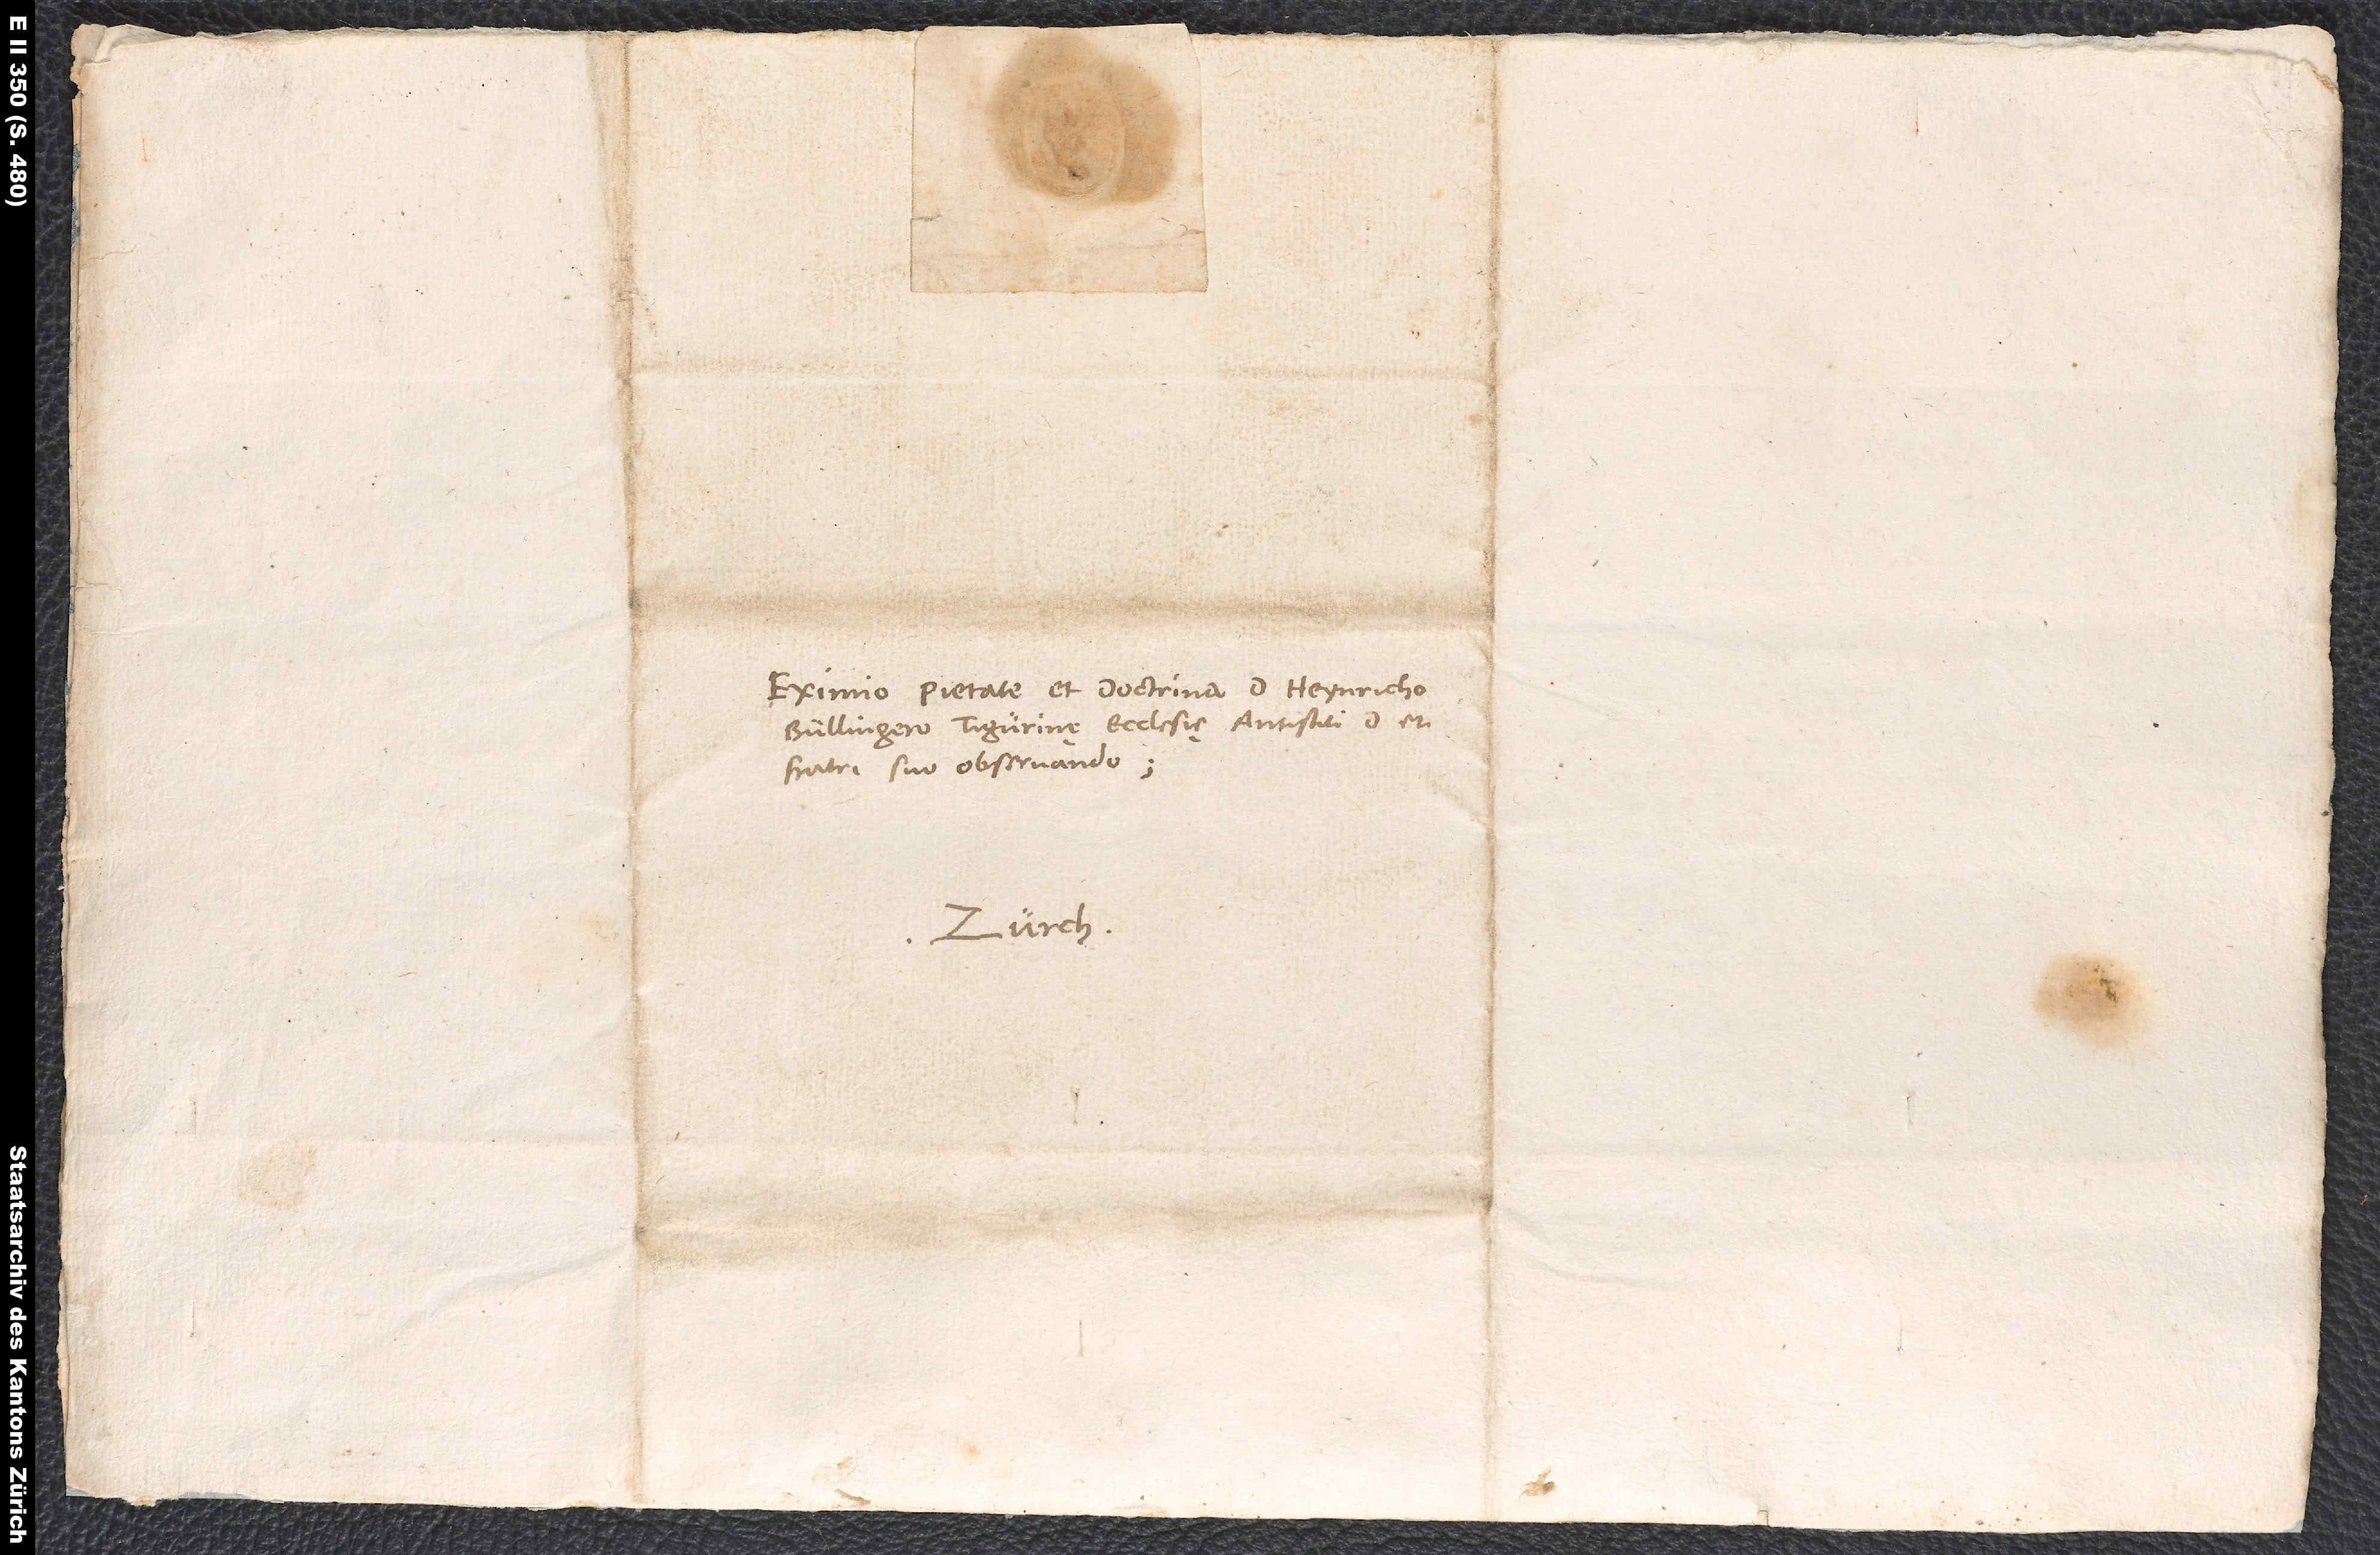
Eximio pietate et doctrina d. Heynricho
Bullingero, Tigurinę ecclesię antistiti, d et
fratri suo observando.
Zurch.